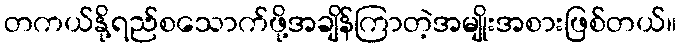
တကယ်နို့ရည်စသောက်ဖို့အချိန်ကြာတဲ့အမျိုးအစားဖြစ်တယ်။